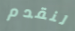
لنقدم